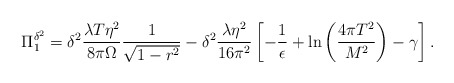
\begin{align*}\Pi_1^{\delta^2}=\delta^2\frac{\lambda T\eta^2}{8\pi\Omega} \frac{1}{\sqrt{1-r^2}}-\delta^2\frac{\lambda\eta^2}{16\pi^2} \left[-\frac{1}{\epsilon}+\ln\left(\frac{4\pi T^2}{M^2} \right)-\gamma\right].\end{align*}